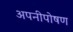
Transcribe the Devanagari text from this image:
अपनीपोषण